Annual report on the Civil Veterinary Department, Burma (including the Insein Veterinary School) - 1923-1931
Year: 1923
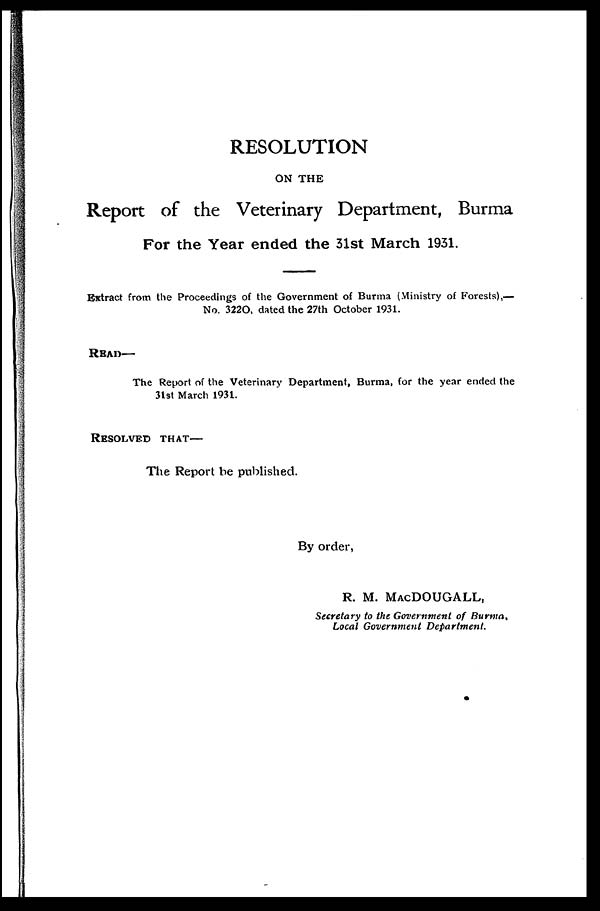
RESOLUTION
ON THE
Report of the Veterinary Department, Burma
For the Year ended the 31st March 1931.
Extract from the Proceedings of the Government of Burma (Ministry of Forests),—
No. 3220, dated the 27th October 1931.
READ—
The Report of the Veterinary Department, Burma, for the year ended the
31st March 1931.
RESOLVED THAT —
The Report be published.
By order,
R. M. MAC DOUGALL,
Secretary to the Government of Burma,
Local Government
Department.